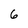
Character: 6